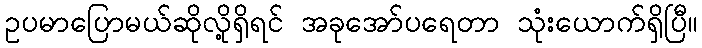
ဥပမာပြောမယ်ဆိုလို့ရှိရင် အခုအော်ပရေတာ သုံးယောက်ရှိပြီ။